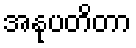
အနုပတိတာ